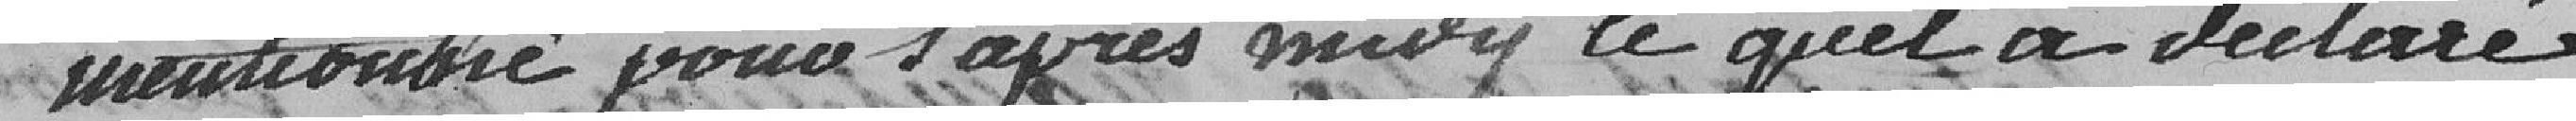
mentionné pour l'après midi lequel a déclaré